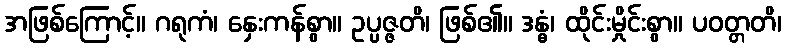
အဖြစ်ကြောင့်။ ဂရုကံ၊ နှေးကန်စွာ။ ဥပ္ပဇ္ဇတိ၊ ဖြစ်၏။ ဒန္ဓံ၊ ထိုင်းမှိုင်းစွာ။ ပဝတ္တတိ၊